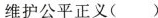
维护公平正义( )